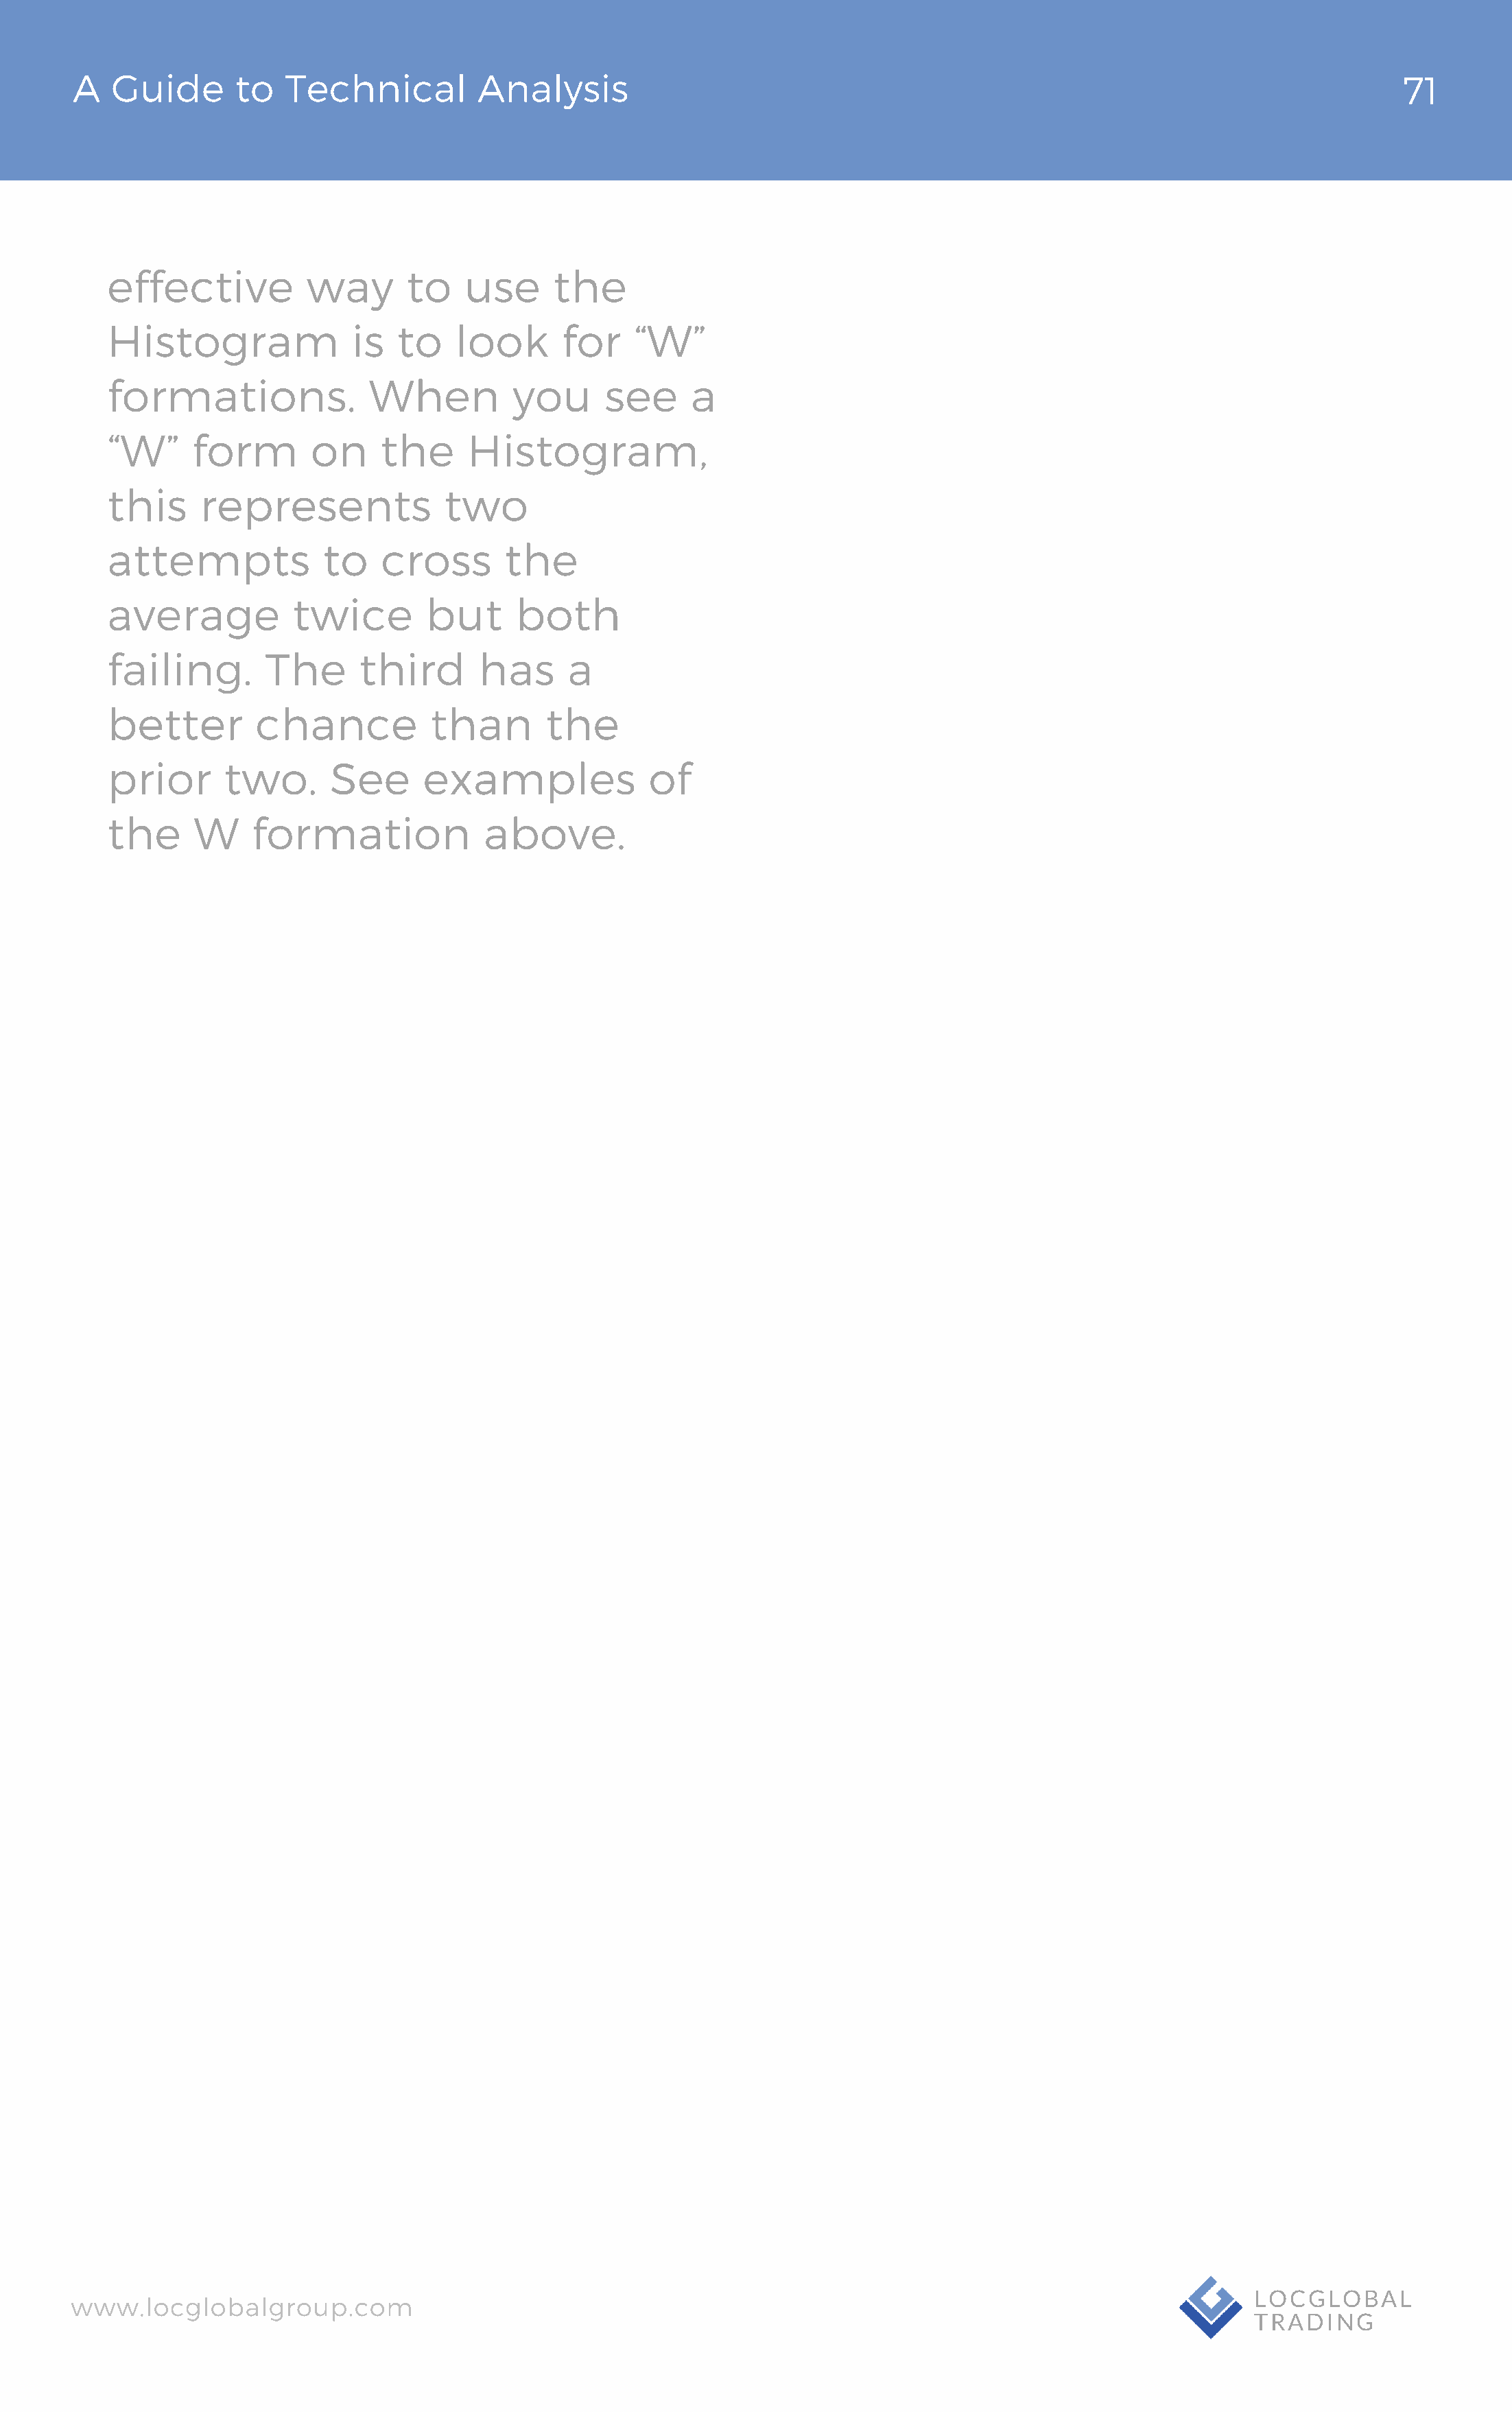
AA  GGuuiiddee  ttoo TTeecchhnniiccaall AAnnaallyyssiiss                                                                        3721
 effective           way      to    use     the
 Histogram               is  to    look      for    “W”
 formations.               When         you      see      a
 “W”      form       on     the     Histogram,
 this     represents              two
 attempts             to    cross       the
 average           twice        but      both
 failing.        The      third      has      a
 better         chance           than       the
 prior       two.      See      examples              of
 the      W    formation              above.
 wwwwww..llooccgglloobbaallggrroouupp..ccoomm                                                                      LLOOCCGGLLOOBBAALL
 TTRRAADDIINNGG